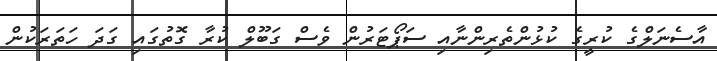
އާސެނަލްގެ ކުރީގެ ކުޅުންތެރިންނާއި ސަޕޯޓަރުން ވެސް ގަބޫލް ކުރާ ގޮތުގައި ގަދަ ހަތަރަކުން